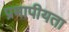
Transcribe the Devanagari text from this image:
प्रमापीयता